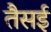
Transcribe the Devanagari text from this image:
तैसई